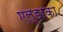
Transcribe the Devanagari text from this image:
एल्डरका